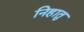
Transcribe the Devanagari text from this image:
निहातु